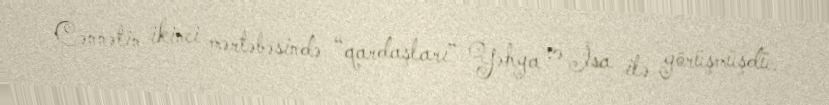
Cənnətin ikinci mərtəbəsində “qardaşları” Yəhya və İsa ilə görüşmüşdü.